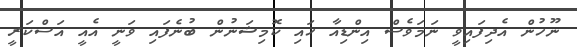
ނޫހުން އެދިފައިވީ ނަމަވެސް އިންޑިއާ ހައި ކޮމިޝަނުން ބުނެފައި ވަނީ އެއީ އަސްކަރީ